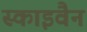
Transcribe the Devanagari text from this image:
स्काइवैन